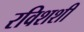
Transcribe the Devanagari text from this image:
रविशशी